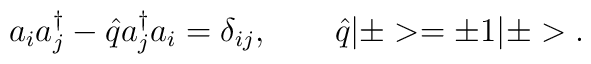
a_{i}a_{j}^{\dagger} - \hat{q} a_{j}^{\dagger}a_{i} = \delta_{ij}, \qquad \hat{q}|\pm > = \pm 1 |\pm >.